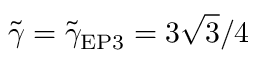
\tilde { \gamma } = \tilde { \gamma } _ { \mathrm { E P 3 } } = 3 \sqrt { 3 } / 4